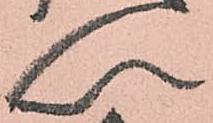
以